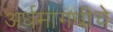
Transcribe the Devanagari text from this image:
अर्धमागधीचे